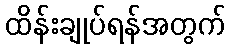
ထိန်းချုပ်ရန်အတွက်